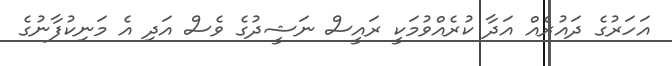
އަހަރުގެ ދައުރެއް އަދާ ކުރެއްވުމަކީ ރައީސް ނަޝީދުގެ ވެސް އަދި އެ މަނިކުފާނުގެ